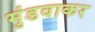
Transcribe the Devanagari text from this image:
मुंडवाकर